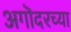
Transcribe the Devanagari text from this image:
अगॊदरच्या